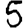
Digit: 5